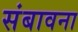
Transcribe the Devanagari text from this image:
संबावना